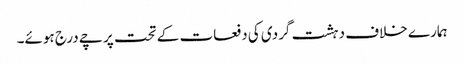
ہمارے خلاف دہشت گردی کی دفعات کے تحت پرچے درج ہوئے۔